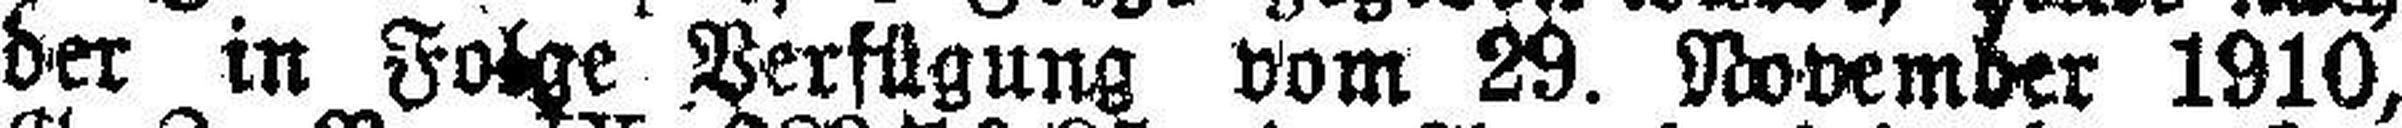
der in Folge Verfügung vom 29. November 1910,